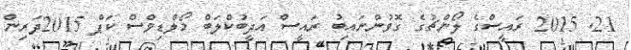
21